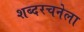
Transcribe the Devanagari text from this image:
शब्दरचनेला